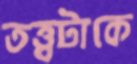
তত্ত্বটাকে